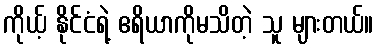
ကိုယ့် နိုင်ငံရဲ့ ဧရိယာကိုမသိတဲ့ သူ များတယ်။